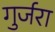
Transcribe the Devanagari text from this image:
गुर्जरा